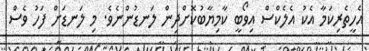
އެހީތެރިކަމާ އެކު އެލެކްސް އިވޯބީ ކާމިޔާބުކޮށްދިން ލަނޑުންނެވެ. މި ލަނޑަށް ފަހު ވެސް